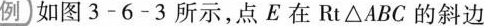
例如图3-6-3所示，点E在Rt△ABC的斜边